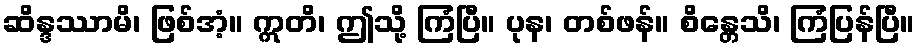
ဆိန္ဒဿာမိ၊ ဖြစ်အံ့။ ဣတိ၊ ဤသို့ ကြံပြီ။ ပုန၊ တစ်ဖန်။ စိန္တေသိ၊ ကြံပြန်ပြီ။